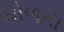
ચોળતા